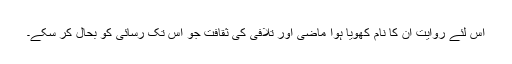
اس لئے روایت ان کا نام کھویا ہوا ماضی اور تلافی کی ثقافت جو اس تک رسائی کو بحال کر سکے۔